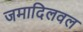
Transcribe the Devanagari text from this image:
जमादिलवल